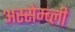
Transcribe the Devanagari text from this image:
अस्सेम्ब्ली